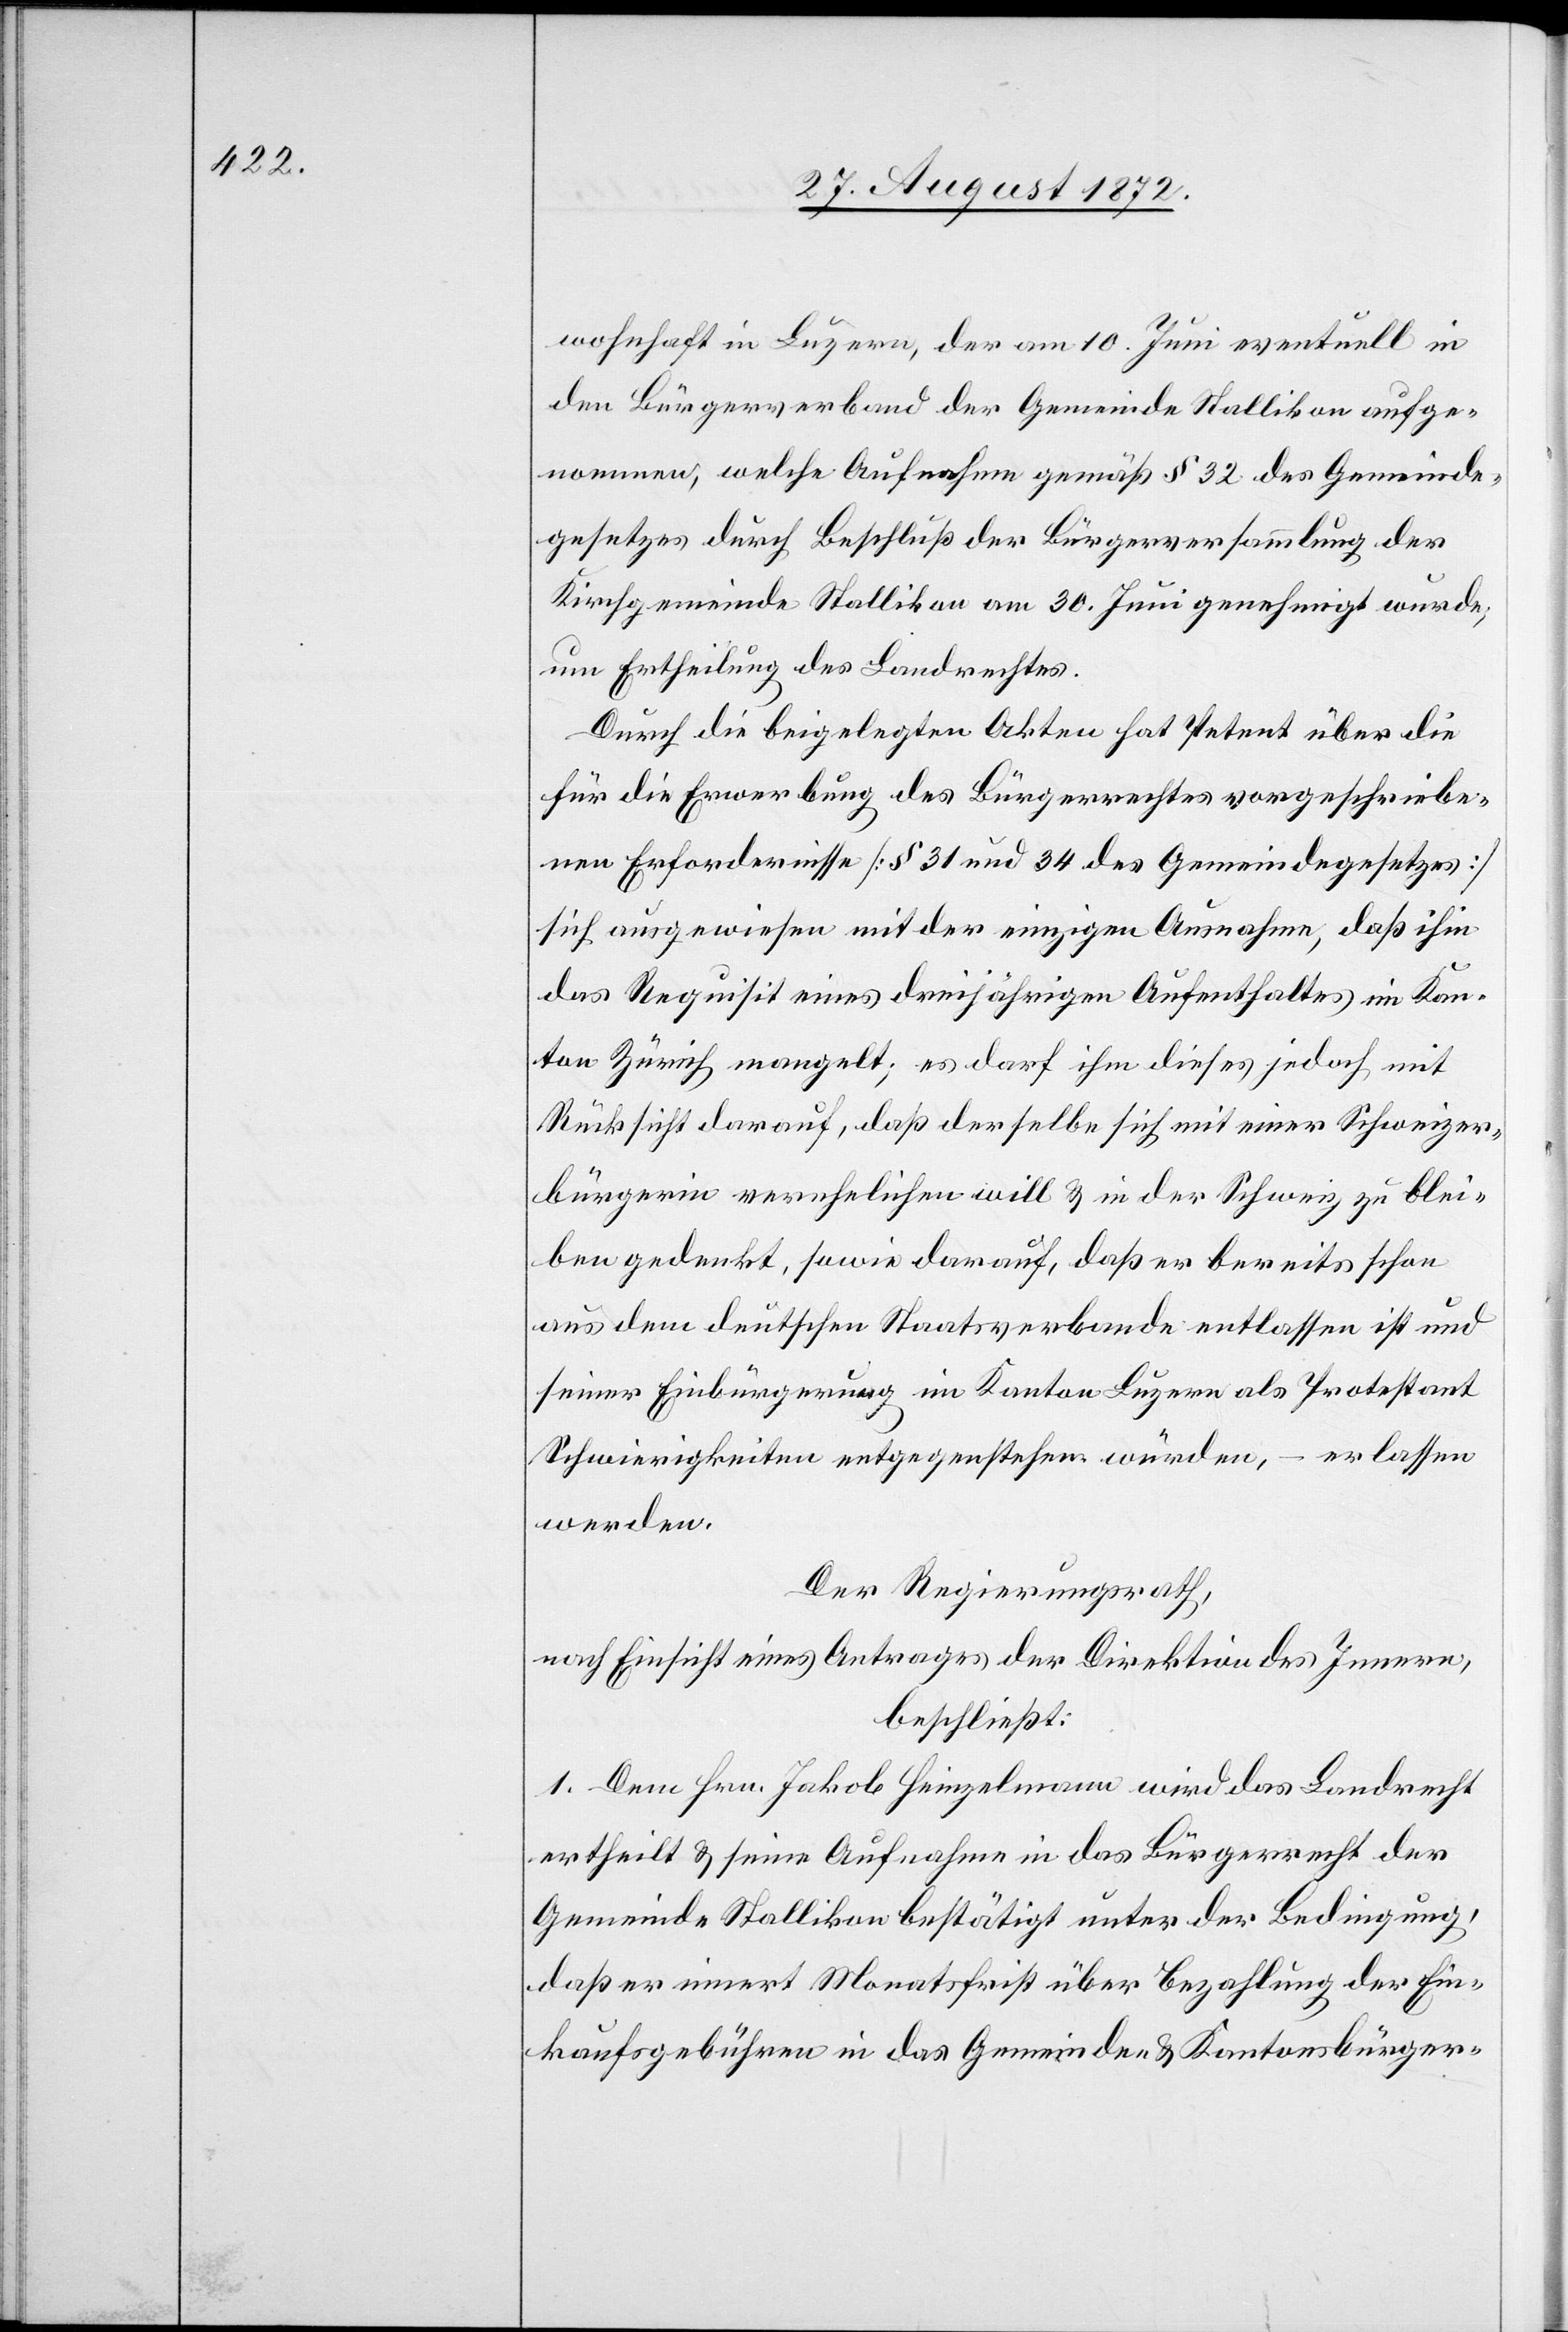
wohnhaft in Luzern, der am 10. Juni eventuell in
den Bürgerverband der Gemeinde Stallikon aufge¬
nommen, welche Aufnahme gemäß § 32 des Gemeinde¬
gesetzes durch Beschluß der Bürgerversammlung der
Kirchgemeinde Stallikon am 30. Juni genehmigt wurde,
um Ertheilung des Landrechtes.
Durch die beigelegten Akten hat Petent über die
für die Erwerbung des Bürgerrechtes vorgeschriebe¬
nen Erfordernisse [§ 31 und 34 des Gemeindegesetzes]
sich ausgewiesen mit der einzigen Ausnahme, daß ihm
das Requisit eines dreijährigen Aufenthaltes im Kan¬
ton Zürich mangelt; es darf ihm dieses jedoch mit
Rücksicht darauf, daß derselbe sich mit einer Schweizer¬
bürgerin verehelichen will u. in der Schweiz zu blei¬
ben gedenkt, sowie darauf, daß er bereits schon
aus dem deutschen Staatsverbande entlassen ist und
seiner Einbürgerung im Kanton Luzern als Protestant
Schwierigkeiten entgegenstehen würde, – erlassen
werden.
Der Regierungsrath,
nach Einsicht eines Antrages der Direktion des Innern,
beschließt:
1. Dem Hrn. Jakob Heinzelmann wird das Landrecht
ertheilt u. seine Aufnahme in das Bürgerrecht der
Gemeinde Stallikon bestätigt unter der Bedingung,
daß er innert Monatsfrist über Bezahlung der Ein¬
kaufsgebühren in das Gemeinde- u. Kantonsbürger-